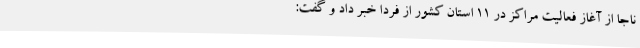
ناجا از آغاز فعالیت مراکز در ۱۱ استان کشور از فردا خبر داد و گفت: